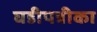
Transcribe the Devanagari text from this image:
घडीपत्रीका